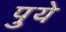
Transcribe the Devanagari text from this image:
पुये